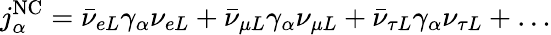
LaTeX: j_{\alpha}^{\mathrm{NC}}=\bar{\nu}_{eL}\gamma_{\alpha}\nu_{eL}+\bar{\nu}_{\mu L}\gamma_{\alpha}\nu_{\mu L}+\bar{\nu}_{\tau L}\gamma_{\alpha}\nu_{\tau L}+\ldots